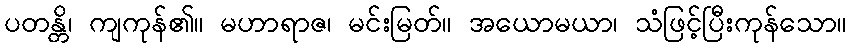
ပတန္တိ၊ ကျကုန်၏။ မဟာရာဇ၊ မင်းမြတ်။ အယောမယာ၊ သံဖြင့်ပြီးကုန်သော။